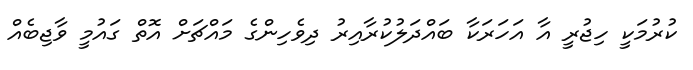
ކުރުމަކީ ހިޖުރީ އާ އަހަރަކާ ބައްދަލުކުރާއިރު ދިވެހިންގެ މައްޗަށް އޮތް ގައުމީ ވާޖިބެއް